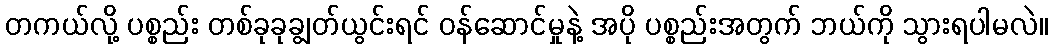
တကယ်လို့ ပစ္စည်း တစ်ခုခုချွတ်ယွင်းရင် ဝန်ဆောင်မှုနဲ့ အပို ပစ္စည်းအတွက် ဘယ်ကို သွားရပါမလဲ။